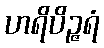
ဟရိပိဉ္ဇရံ